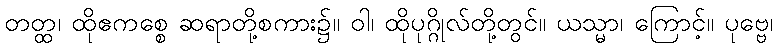
တတ္ထ၊ ထိုဧကစ္စေ ဆရာတို့စကား၌။ ဝါ၊ ထိုပုဂ္ဂိုလ်တို့တွင်။ ယသ္မာ၊ ကြောင့်။ ပုဗ္ဗေ၊